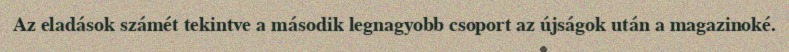
Az eladások számét tekintve a második legnagyobb csoport az újságok után a magazinoké.